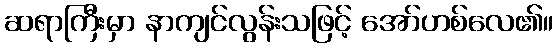
ဆရာကြီးမှာ နာကျင်လွန်းသဖြင့် အော်ဟစ်လေ၏။